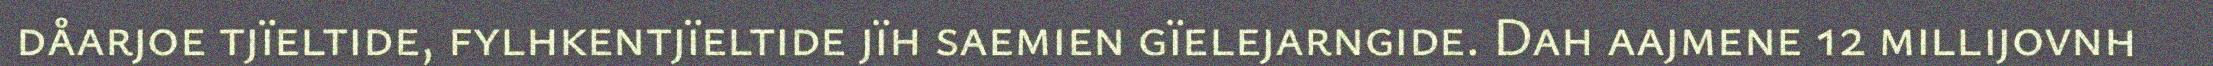
dåarjoe tjïeltide, fylhkentjïeltide jïh saemien gïelejarngide. Dah aajmene 12 millijovnh